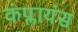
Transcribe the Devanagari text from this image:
कंप्लायंस